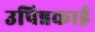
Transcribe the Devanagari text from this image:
उपिन्नकाई